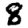
Digit: 8